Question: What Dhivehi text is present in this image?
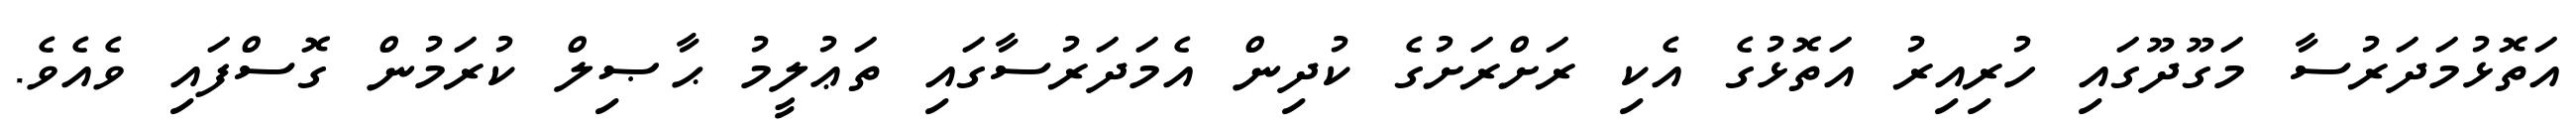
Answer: އަތޮޅުމަދަރުސާ މަގޫދޫގައި ހުރިއިރު އަތޮޅުގެ އެކި ރަށްރަށުގެ ކުދިން އެމަދަރުސާގައި ތަޢުލީމު ޙާޞިލް ކުރަމުން ގޮސްފައި ވެއެވެ.